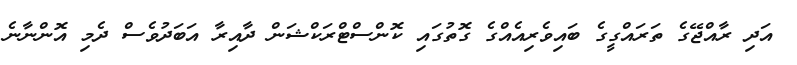
އަދި ރާއްޖޭގެ ތަރައްގީގެ ބައިވެރިއެއްގެ ގޮތުގައި ކޮންސްޓްރަކްޝަން ދާއިރާ އަބަދުވެސް ދެމި އޮންނާނެ